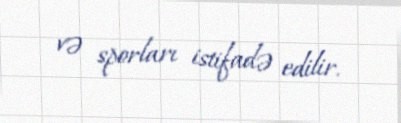
və sporları istifadə edilir.